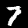
Digit: 7